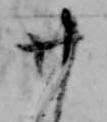
廿